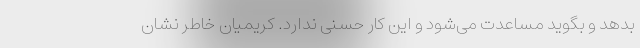
بدهد و بگوید مساعدت می‌شود و این کار حُسنی ندارد. کریمیان خاطر نشان